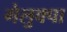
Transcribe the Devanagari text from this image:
गेलुक्पा